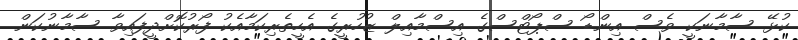
ކުޅޭ ސާމާނަކީ ވެސް އިންޑޯ ސްޕޯޓްސްގެ އިސްމާއިލް ޒުހުރީގެ އެހީތެރިކަމާއެކު ފޯރުކޮށްދީފައިވާ ސާމާނުކަން